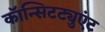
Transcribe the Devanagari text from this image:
कॉन्सिटट्युएंट